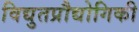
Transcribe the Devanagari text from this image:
विद्युतप्रौद्योगिकी